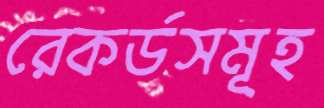
রেকর্ডসমূহ